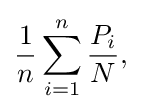
{\frac {1}{n}}\sum _{i=1}^{n}{\frac {P_{i}}{N}},\,\!